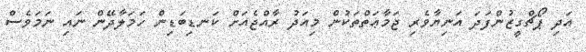
އަދި ޕޯޗްގީޒުންފަދަ އަނިޔާވެރި ޖަމާޢަތްތަކުން މިއަދު ރާއްޖެއަށް ކަނޑިބަޑިން ހަމަލާދޭން ނައި ނަމަވެސް